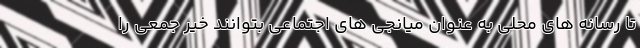
تا رسانه های محلی به عنوان میانجی های اجتماعی بتوانند خیر جمعی را